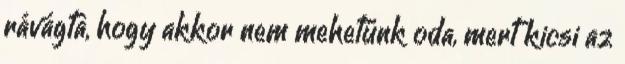
rávágta, hogy akkor nem mehetünk oda, mert kicsi az